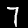
Digit: 7